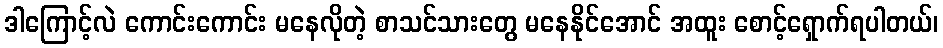
ဒါကြောင့်လဲ ကောင်းကောင်း မနေလိုတဲ့ စာသင်သားတွေ မနေနိုင်အောင် အထူး စောင့်ရှောက်ရပါတယ်၊